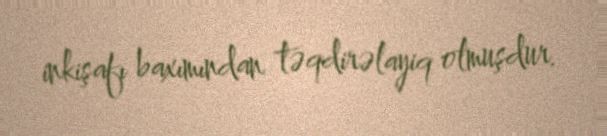
inkişafı baxımından təqdirəlayiq olmuşdur.